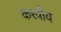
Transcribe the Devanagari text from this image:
करवीय